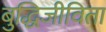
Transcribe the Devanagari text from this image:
बुद्धिजीविता